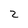
Character: 2